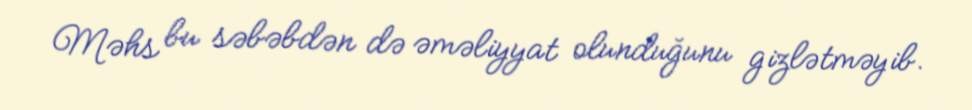
Məhs bu səbəbdən də əməliyyat olunduğunu gizlətməyib.